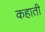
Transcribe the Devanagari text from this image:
कहाती